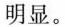
明显。